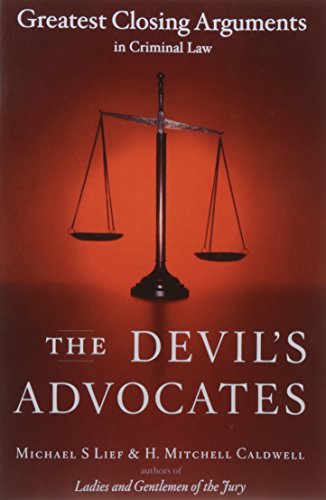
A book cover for The Devil's Advocates: Greatest Closing Arguments in Criminal Law; Michael S Lief; Law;